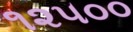
૧૨૫૦૦